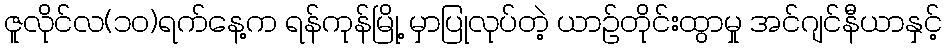
ဇူလိုင်လ(၁၀)ရက်နေ့က ရန်ကုန်မြို့ မှာပြုလုပ်တဲ့ ယာဉ်တိုင်းထွာမှု အင်ဂျင်နီယာနှင့်